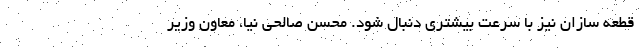
قطعه سازان نیز با سرعت بیشتری دنبال شود. محسن صالحی نیا، معاون وزیر